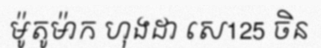
ម៉ូតូម៉ាក ហុងដា សេ125 ចិន